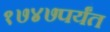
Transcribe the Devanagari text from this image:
१७४७पर्यंत